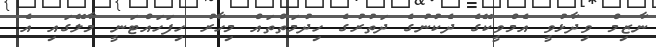
ނާޒިމް ވިދާޅުވީ އެމްވީކޭގެ ދެކުނުގެ ދަތުރުގެ ހިދުމަތްތައް މިހާރު ހިފަހައްޓަނީ މާލޭގައި އެ